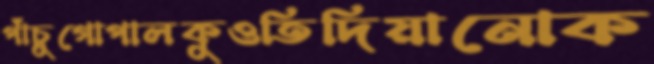
পাঁচুগোপালকুওতিদিয়ানোক